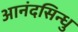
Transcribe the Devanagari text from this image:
आनंदसिन्धु